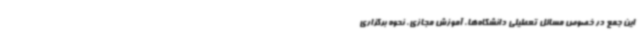
این جمع در خصوص مسائل تعطیلی دانشگاه‌ها، آموزش مجازی، نحوه برگزاری